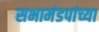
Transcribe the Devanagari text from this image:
सभामंडपांच्या